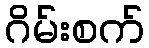
ဂိမ်းစက်